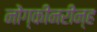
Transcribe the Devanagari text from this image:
नोंग्कीनरीन्ह